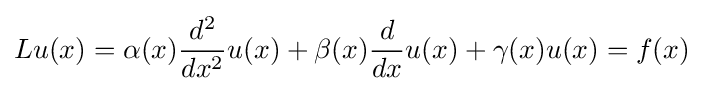
Lu(x)=\alpha (x){\frac {d^{2}}{dx^{2}}}u(x)+\beta (x){\frac {d}{dx}}u(x)+\gamma (x)u(x)=f(x)